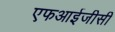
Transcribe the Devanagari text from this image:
एफआईजीसी